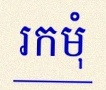
រកមុំ